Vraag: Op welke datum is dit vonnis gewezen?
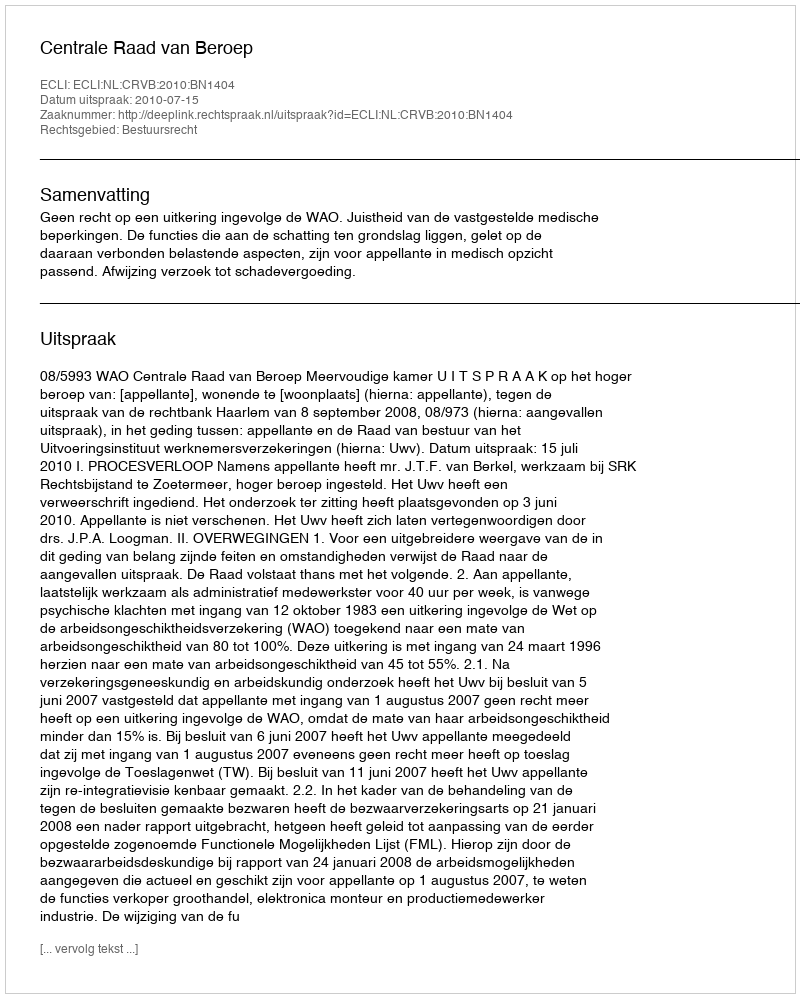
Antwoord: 2010-07-15